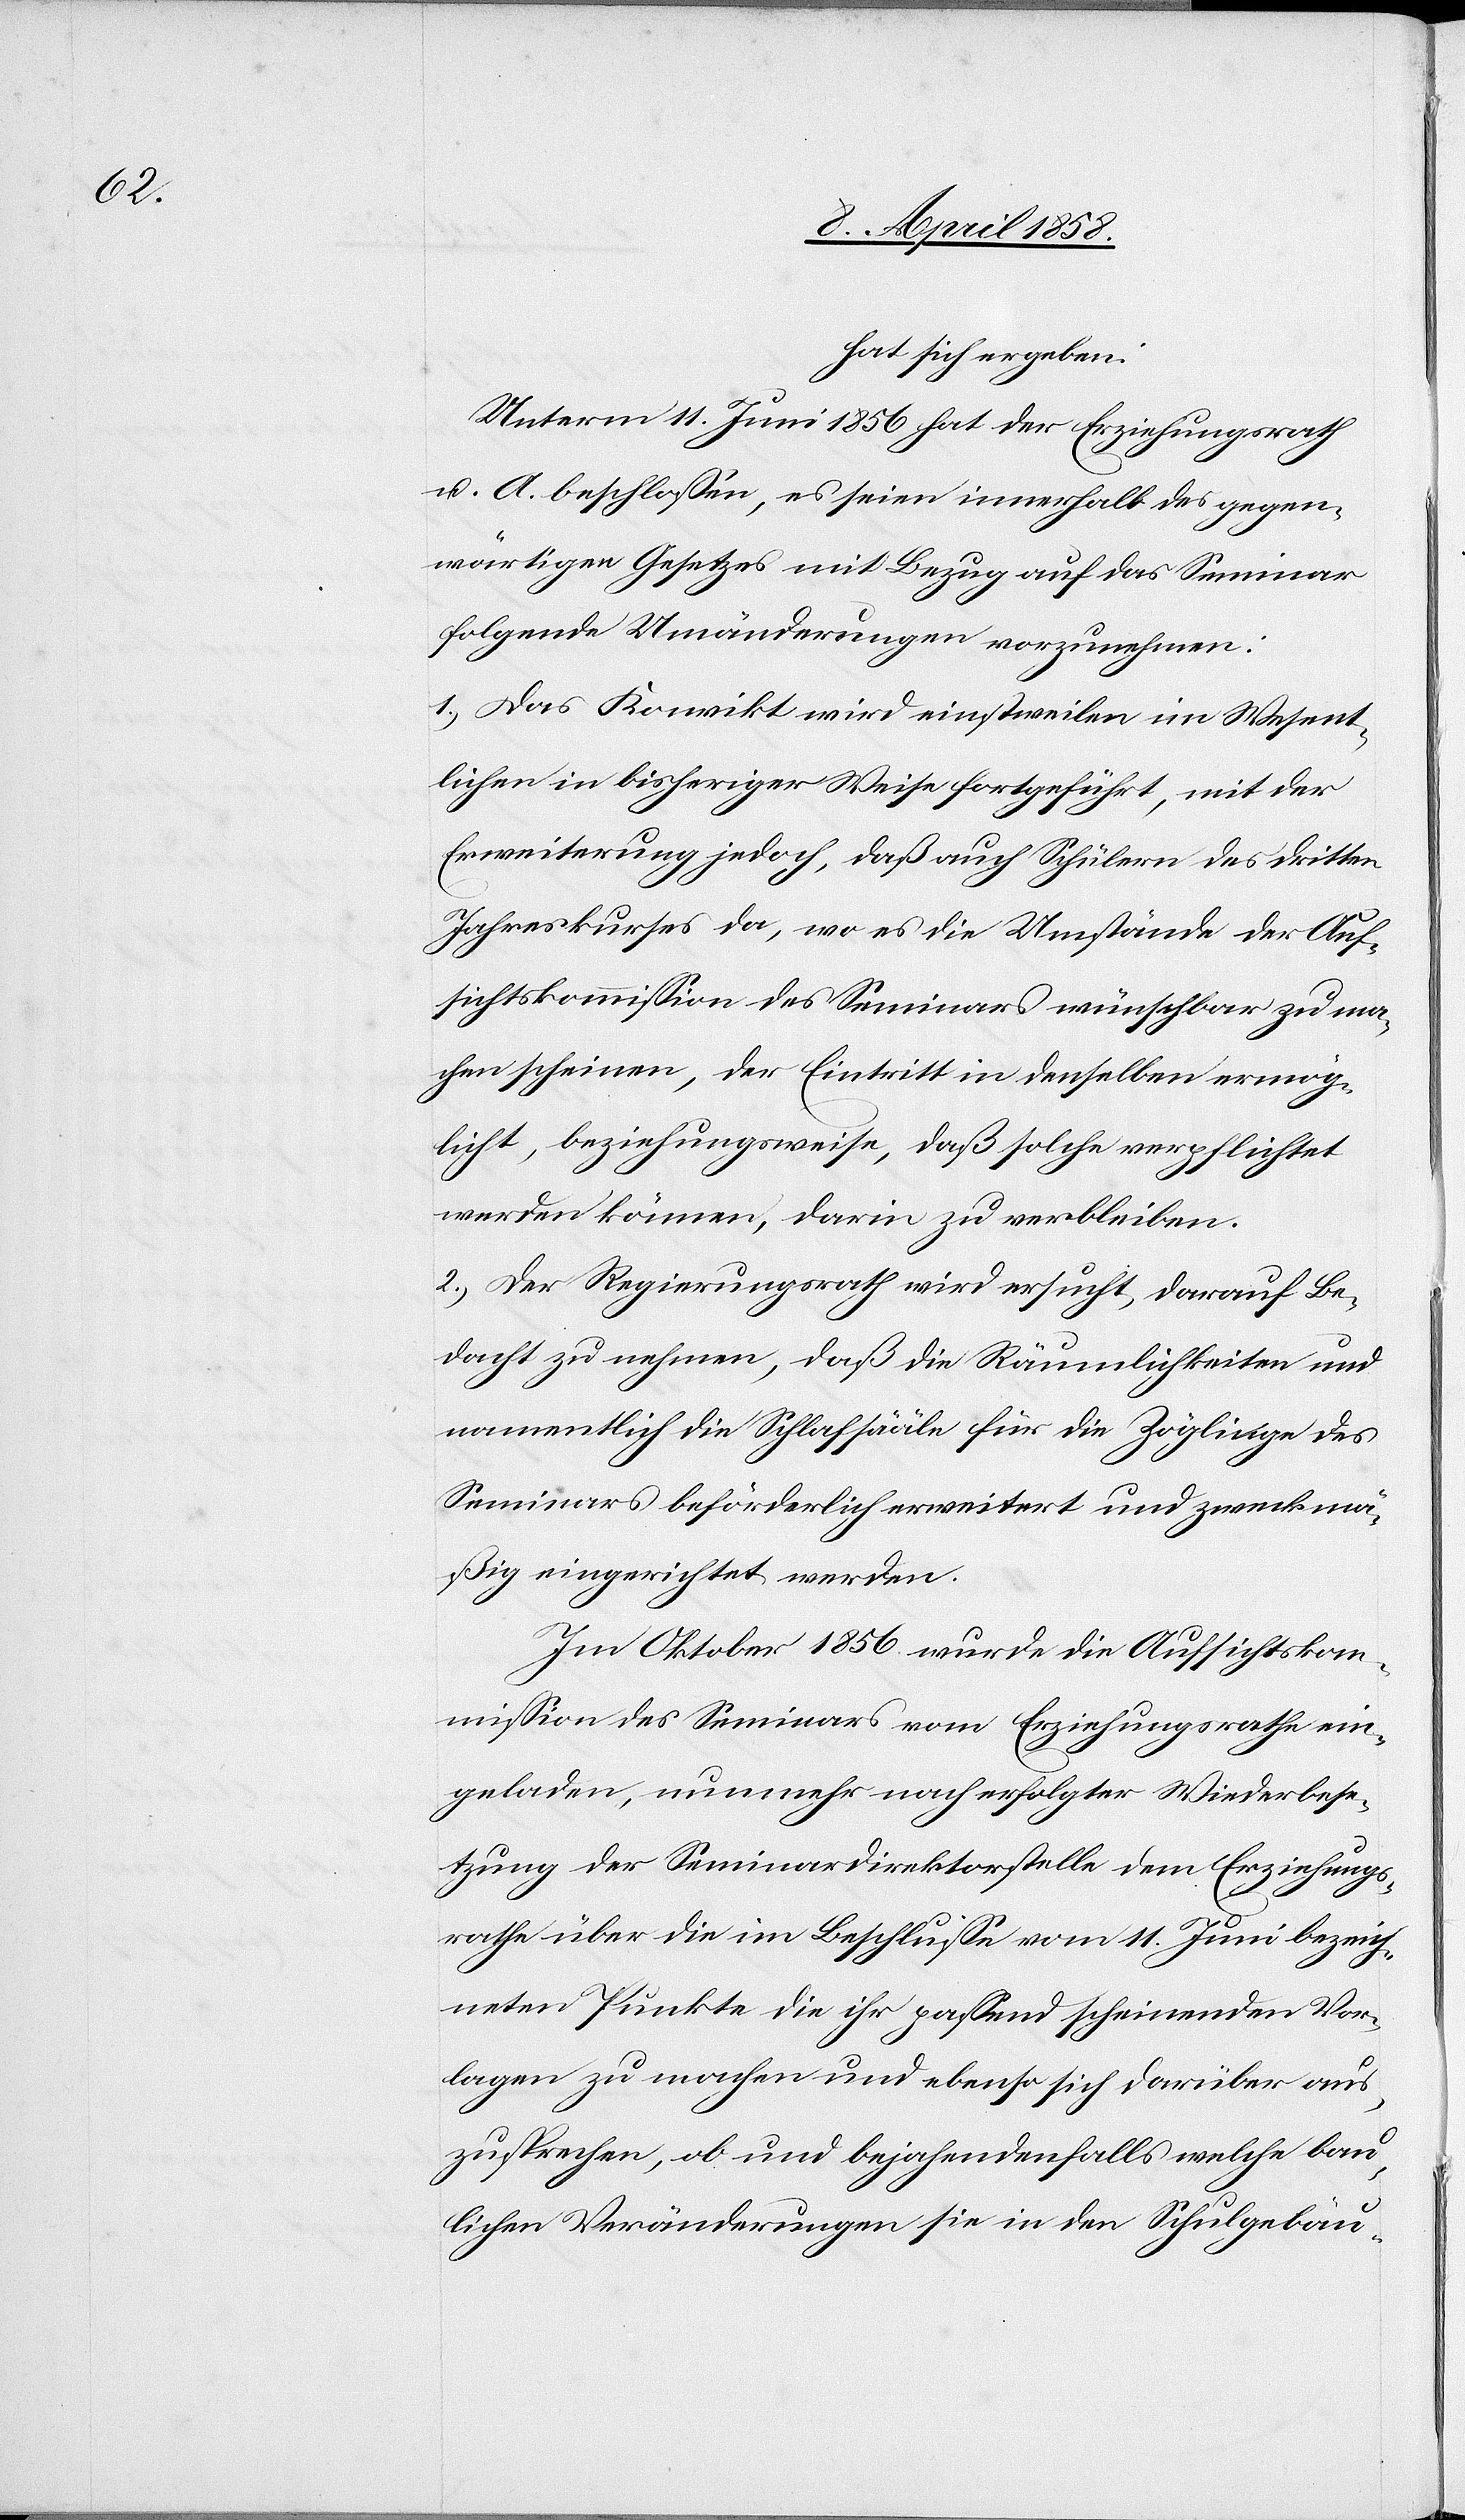
hat sich ergeben:
Unterm 11. Juni 1856 hat der Erziehungsrath
u. A. beschlossen, es seien innerhalb des gegen¬
wärtigen Gesetzes mit Bezug auf das Seminar
folgende Umänderungen vorzunehmen:
1.) Das Konvikt wird einstweilen im Wesent¬
lichen in bisheriger Weise fortgeführt, mit der
Erweiterung jedoch, daß auch Schülern des dritten
Jahreskurses da, wo es die Umstände der Auf¬
sichtskommission des Seminars wünschbar zu ma¬
chen scheinen, der Eintritt in denselben ermög¬
licht, beziehungsweise, daß solche verpflichtet
werden können, darin zu verbleiben.
2.) Der Regierungsrath wird ersucht, darauf Be¬
dacht zu nehmen, daß die Räumlichkeiten und
namentlich die Schlafsääle für die Zöglinge des
Seminars beförderlich erweitert und zweckmä¬
ßig eingerichtet werden.
Im Oktober 1856 wurde die Aufsichtskom¬
mission des Seminars vom Erziehungsrathe ein¬
geladen, nunmehr nach erfolgter Wiederbese¬
tzung der Seminardirektorstelle dem Erziehungs¬
rathe über die im Beschlusse vom 11. Juni bezeich¬
neten Punkte die ihr passend scheinenden Vor¬
lagen zu machen und ebenso sich darüber aus¬
zusprechen, ob und bejahendenfalls welche bau¬
lichen Veränderungen sie in den Schulgebäu-